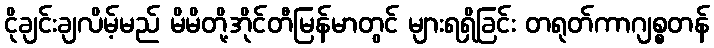
ငိုချင်းချလိမ့်မည် မိမိတို့အိုင်တီမြန်မာတွင် များရရှိခြင်း တရုတ်ကာဂျစ္စတန်